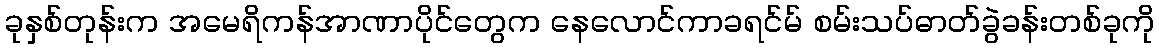
ခုနှစ်တုန်းက အမေရိကန်အာဏာပိုင်တွေက နေလောင်ကာခရင်မ် စမ်းသပ်ဓာတ်ခွဲခန်းတစ်ခုကို